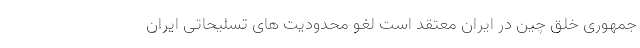
جمهوری خلق چین در ایران معتقد است لغو محدودیت های تسلیحاتی ایران